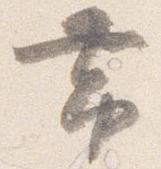
帯